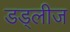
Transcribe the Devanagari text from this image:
डड्लीज